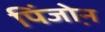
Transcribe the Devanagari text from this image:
पिंजो़न